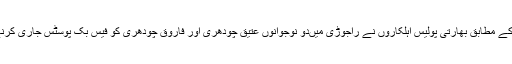
کشمیر میڈیا سروس کے مطابق بھارتی پولیس اہلکاروں نے راجوڑی میںدو نوجوانوں عتیق چودھری اور فاروق چودھری کو فیس بک پوسٹس جاری کرنے پر گرفتار کر لیا ۔